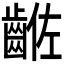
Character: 𪘡